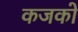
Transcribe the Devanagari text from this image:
कजको